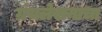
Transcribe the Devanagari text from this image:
ग्रंथलेखनाचा